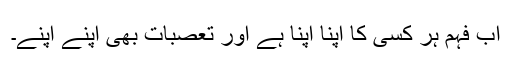
اب فہم ہر کسی کا اپنا اپنا ہے اور تعصبات بھی اپنے اپنے۔